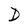
Character: D